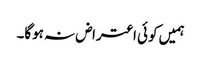
ہمیں کوئی اعتراض نہ ہوگا۔